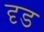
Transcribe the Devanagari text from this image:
दृड